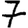
Digit: 7